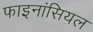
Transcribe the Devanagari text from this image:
फाइनांसियल